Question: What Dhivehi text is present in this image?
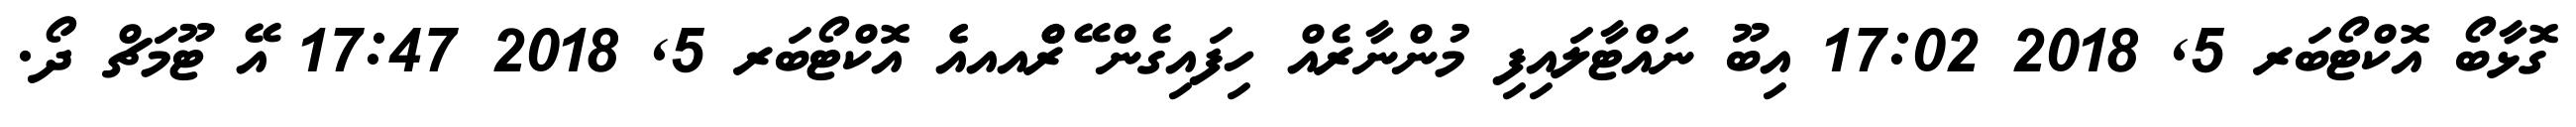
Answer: ގޮޅާބޯ އޮކްޓޯބަރ 5, 2018 17:02 އިބޫ ނައްޓާލައިފި މުންނާރެއް ހިފައިގެން ޭރެެްއއއެެ އޮކްޓޯބަރ 5, 2018 17:47 އޭ ޓޫމަޗް ދޯ.